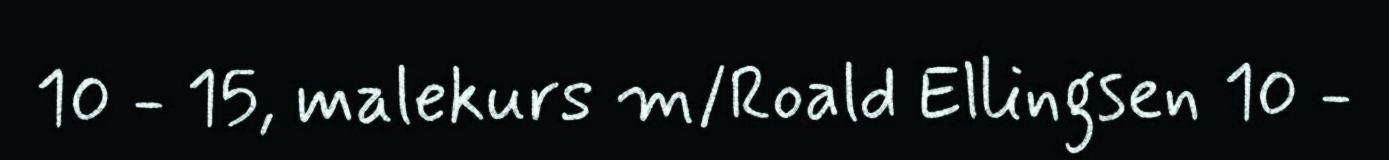
10 - 15, malekurs m/Roald Ellingsen 10 -